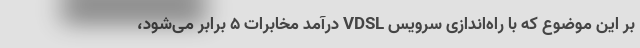
بر این موضوع که با راه‌اندازی سرویس VDSL درآمد مخابرات ۵ برابر می‌شود،